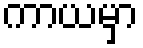
ကာယမှာ